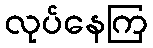
လုပ်နေကြ